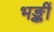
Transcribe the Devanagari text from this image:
भङ्कीं